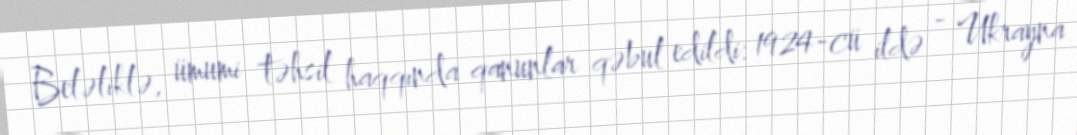
Beləliklə, ümumi təhsil haqqında qanunlar qəbul edildi: 1924-cü ildə - Ukrayna